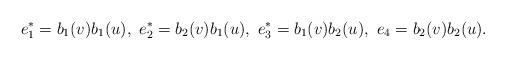
LaTeX: \begin{align*}e^*_1 = b_1(v)b_1(u), \ e^*_2 = b_2(v)b_1(u), \ e^*_3 = b_1(v)b_2(u), \ e_4 = b_2(v)b_2(u).\end{align*}